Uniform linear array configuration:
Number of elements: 8
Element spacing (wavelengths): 0.25
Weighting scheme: uniform
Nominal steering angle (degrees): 15
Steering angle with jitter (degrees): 16.611
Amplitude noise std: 0.05
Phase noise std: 0.05

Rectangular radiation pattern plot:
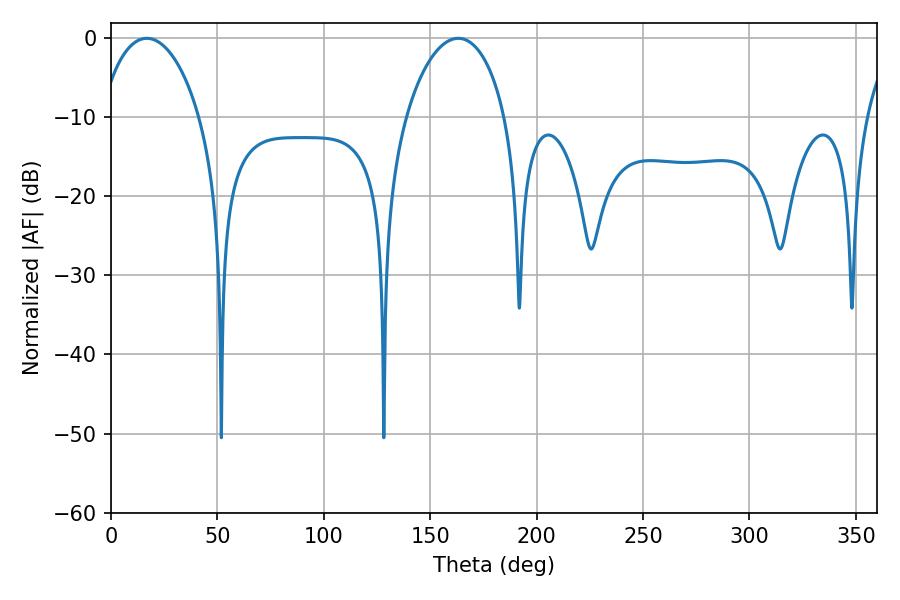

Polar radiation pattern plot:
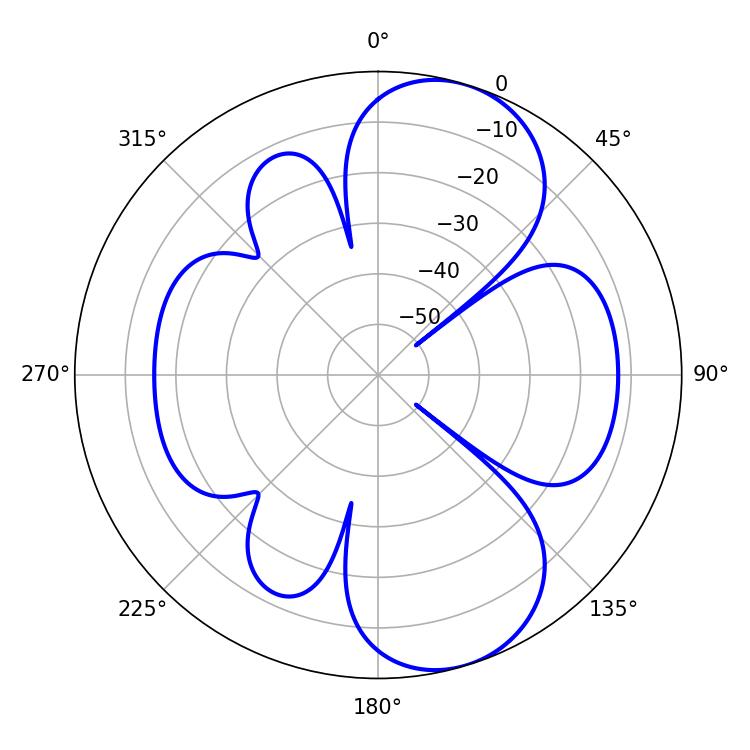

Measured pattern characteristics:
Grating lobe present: FALSE
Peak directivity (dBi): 8.367
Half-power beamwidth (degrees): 26.64
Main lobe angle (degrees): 16.74